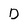
Character: D